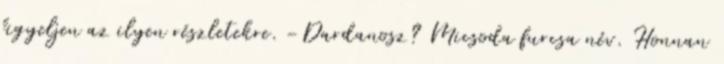
figyeljen az ilyen részletekre. -Dardanosz? Micsoda furcsa név. Honnan